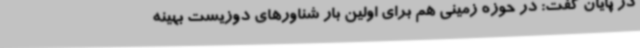
در پایان گفت: در حوزه زمینی هم برای اولین بار شناورهای دوزیست بهینه